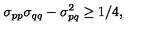
\sigma _ { p p } \sigma _ { q q } - \sigma _ { p q } ^ { 2 } \ge 1 / 4 ,